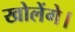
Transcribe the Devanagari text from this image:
खोलेंगे।